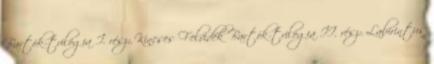
Bartók-trilógia I. rész: Kincses Felvidék Bartók-trilógia II. rész: Labirintus